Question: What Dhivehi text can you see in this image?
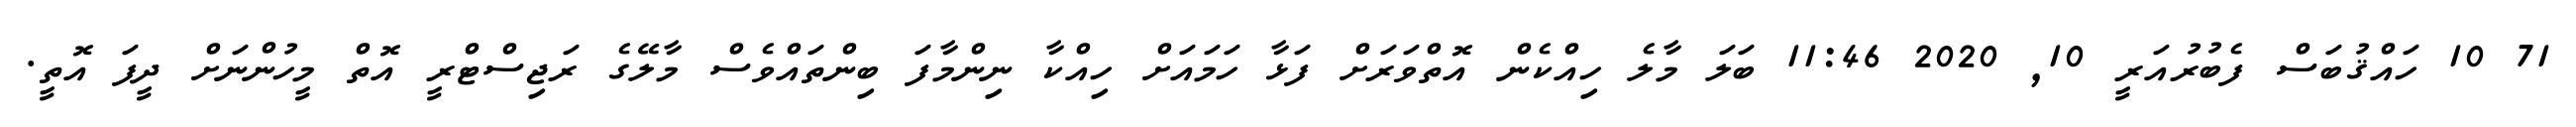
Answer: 71 10 ހައްޤުބަސް ފެބުރުއަރީ 10, 2020 11:46 ބަލަ މާލެ ހިއްކެން އޮތްވަރަށް ފަޅާ ހަމައަށް ހިއްކާ ނިންމާފަ ބިންތައްވެސް މާލޭގެ ރަޖިސްޓްރީ އޮތް މީހުންނަށް ދީފަ އޮތީ.